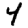
Digit: 4